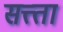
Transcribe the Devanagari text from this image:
सत्त्ता